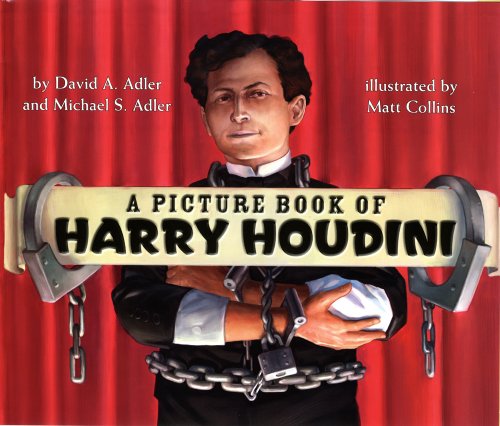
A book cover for A Picture Book of Harry Houdini (Picture Book Biography); David A. Adler; Children's Books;